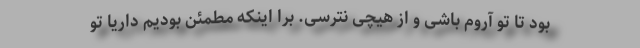
بود تا تو آروم باشی و از هیچی نترسی. برا اینکه مطمئن بودیم داریا تو